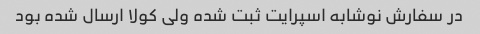
در سفارش نوشابه اسپرایت ثبت شده ولی کولا ارسال شده بود